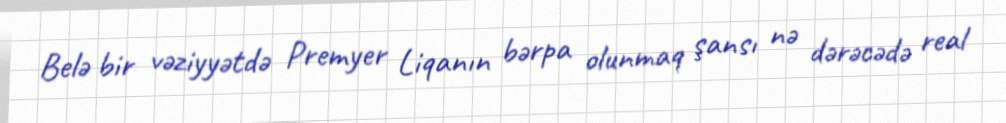
Belə bir vəziyyətdə Premyer Liqanın bərpa olunmaq şansı nə dərəcədə real